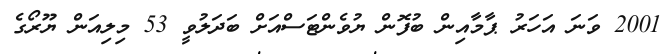
2001 ވަނަ އަހަރު ޕާމާއިން ބުފޮން ޔުވެންޓަސްއަށް ބަދަލުވީ 53 މިލިއަން ޔޫރޯގެ